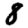
Digit: 8